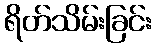
ရိတ်သိမ်းခြင်း